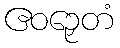
ဧဝဉှေတံ